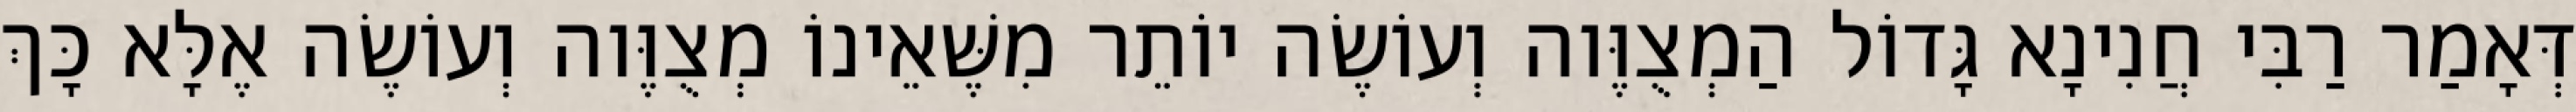
דְּאָמַר רַבִּי חֲנִינָא גָּדוֹל הַמְצֻוֶּוה וְעוֹשֶׂה יוֹתֵר מִשֶּׁאֵינוֹ מְצֻוֶּוה וְעוֹשֶׂה אֶלָּא כָּךְ